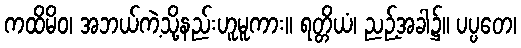
ကထိမိဝ၊ အဘယ်ကဲ့သို့နည်းဟူမူကား။ ရတ္တိယံ၊ ညဉ့်အခါ၌။ ပပ္ပတေ၊